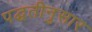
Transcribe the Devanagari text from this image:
पद्घतीनुसार